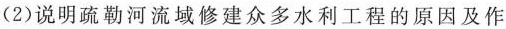
(2)说明疏勒河流域修建众多水利工程的原因及作